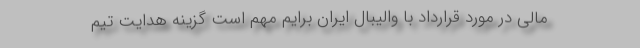
مالی در مورد قرارداد با والیبال ایران برایم مهم است گزینه هدایت تیم